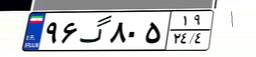
۹۹گ۴۴۹۰۱